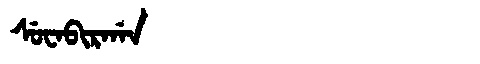
Manchu: ᠰᡠᠸᠠᠪᡳᡵᡤᠠᠨ
Romanization: SUWABIRGAN